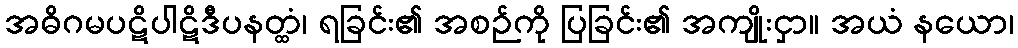
အဓိဂမပဋိပါဋိဒီပနတ္ထံ၊ ရခြင်း၏ အစဉ်ကို ပြခြင်း၏ အကျိုးငှာ။ အယံ နယော၊